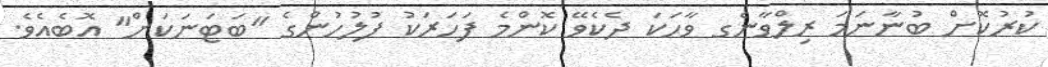
ކުރުކޮށް ބުނާނަމަ ރިލްވާނެގ ވާހަކަ ދެކެވޭ ކޮންމެ ފަހަރަކު ފުލުހުންގެ "ބަޓަނަކަށް" އޮބެއެވެ.